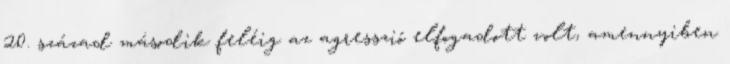
20. század második feléig az agresszió elfogadott volt, amennyiben